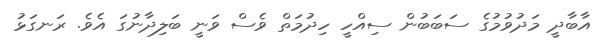
އާބާދީ މަދުވުމުގެ ސަބަބުން ސިއްހީ ހިދުމަތް ވެސް ވަނީ ބަލިދާނުގަ އެވެ. ރަނގަޅު